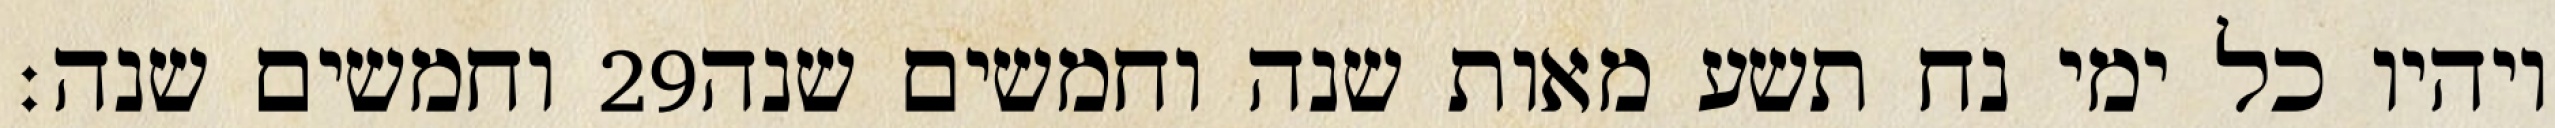
וחמשים שנה׃ ‎29‏ ויהיו כל ימי נח תשע מאות שנה וחמשים שנה